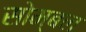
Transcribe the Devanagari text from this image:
सोम्बल